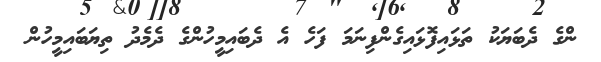
ންގެ ދެބަޔަކު ތަޅައިފޮޅައިގެންފިނަމަ ފަހެ އެ ދެބައިމީހުންގެ ދެމެދު ތިޔަބައިމީހުން